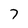
Character: 7